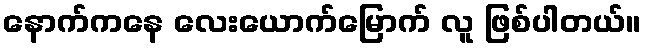
နောက်ကနေ လေးယောက်မြောက် လူ ဖြစ်ပါတယ်။